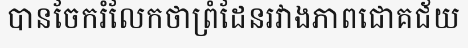
បានចែករំលែកថាព្រំដែនរវាងភាពជោគជ័យ